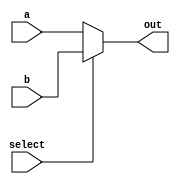
`timescale 1ns / 1ps
//////////////////////////////////////////////////////////////////////////////////
// Company: 
// Engineer: 
// 
// Design Name: 
// Module Name:    mux_16bit 
// Project Name: 
// Target Devices: 
// Tool versions: 
// Description: 
//
// Dependencies: 
//
// Revision: 
// Revision 0.01 - File Created
// Additional Comments: 
//
//////////////////////////////////////////////////////////////////////////////////
module mux_16bit(
    input [15:0] a,b,
    input select,
    output [15:0] out
    );
	 assign out= (~select) ? a : b;

endmodule